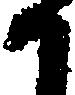
か